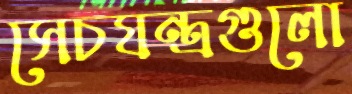
সেচযন্ত্রগুলো